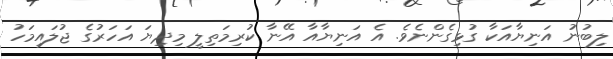
ލިބުނު އަނިޔާއަކާ ގުޅިގެންނެވެ. އެ އަނިޔާއާ އޭނާ ކުރިމަތިލީ މިދިޔަ އަހަރުގެ ޖުލައިމަހު